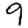
Digit: 9